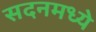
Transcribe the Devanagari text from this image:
सदनमध्ये